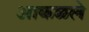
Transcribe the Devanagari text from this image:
आकळले